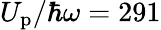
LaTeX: U_{\mathrm{p}}/\hbar\omega=291